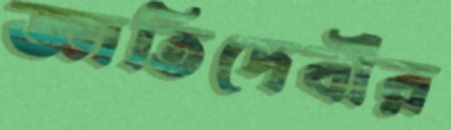
জ্ঞাতিদেবীর